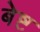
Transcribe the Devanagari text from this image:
बेष्ट